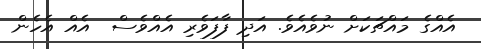
އެއްގެ މައްޗަކަށް ނުވެއެވެ. އަދި ފާފަވެރި އެއްވެސް  އެއް އެހެން